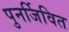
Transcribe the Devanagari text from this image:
पुनर्जिवित